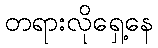
တရားလိုရှေ့နေ